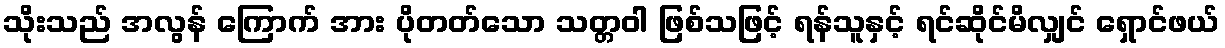
သိုးသည် အလွန် ကြောက် အား ပိုတတ်သော သတ္တဝါ ဖြစ်သဖြင့် ရန်သူနှင့် ရင်ဆိုင်မိလျှင် ရှောင်ဖယ်